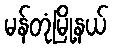
မန်တုံမြို့နယ်